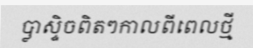
ប្លាស្ទិចពិតៗកាលពីពេលថ្មី